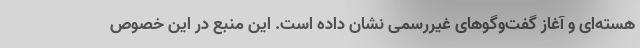
هسته‌ای و آغاز گفت‌وگوهای غیررسمی نشان داده است. این منبع در این خصوص